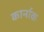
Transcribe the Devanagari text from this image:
कार्नाक